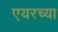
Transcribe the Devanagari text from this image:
एयरच्या